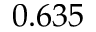
0 . 6 3 5